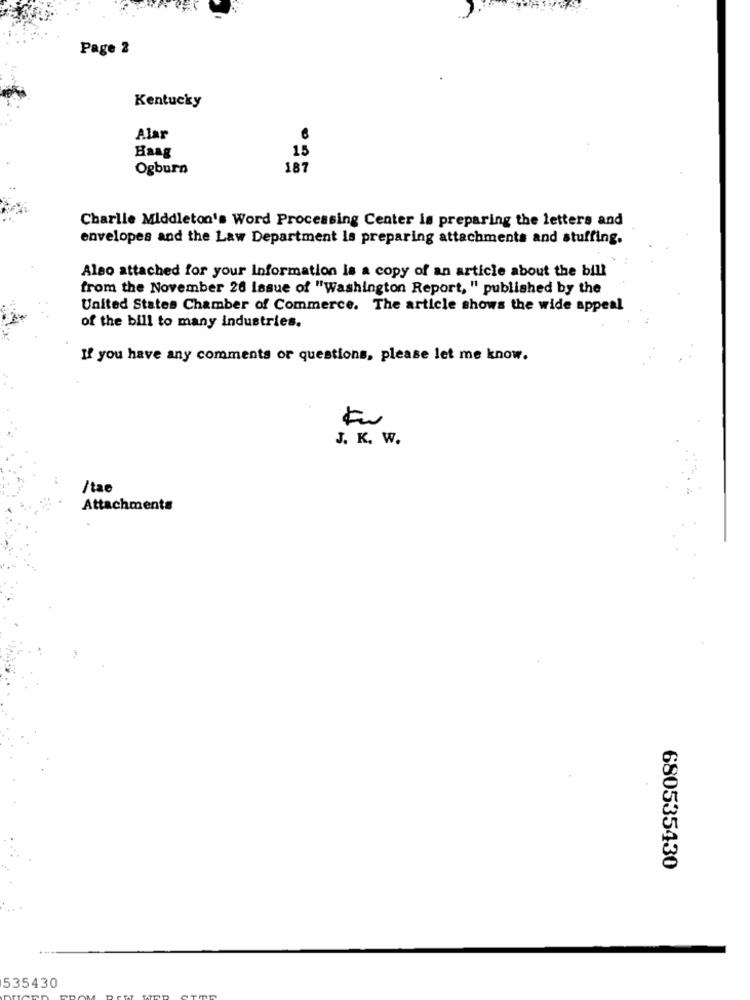
Page 2
Kentucky
Alar
Haag
15
Ogburn
187
Charlie Middleton's Word Processing Center is preparing the letters and
envelopes and the Law Department la preparing attachments and stuffing.
Also attached for your Information is a copy of an article about the bill
from the November 26 issue of "Washington Report, " published by the
United States Chamber of Commerce. The article shows the wide appeal
of the bill to many industries.
If you have any comments or questions, please let me know.
J. K. W.
/tao
Attachments
680535430
535430